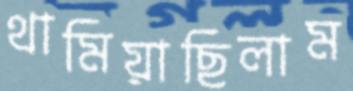
থামিয়াছিলাম